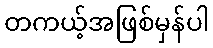
တကယ့်အဖြစ်မှန်ပါ